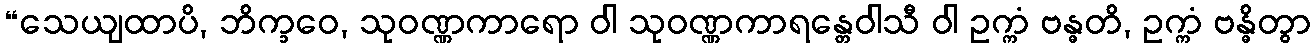
“သေယျထာပိ, ဘိက္ခဝေ, သုဝဏ္ဏကာရော ဝါ သုဝဏ္ဏကာရန္တေဝါသီ ဝါ ဥက္ကံ ဗန္ဓတိ, ဥက္ကံ ဗန္ဓိတွာ